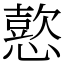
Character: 𢢶